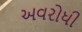
અવરોધી